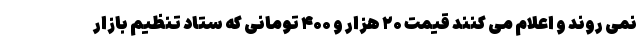
نمی روند و اعلام می کنند قیمت ۲۰ هزار و ۴۰۰ تومانی که ستاد تنظیم بازار